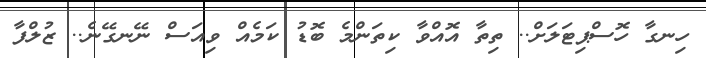
ހިނގާ ހޮސްޕިޓަލަށް.. ތިތާ އޮއްވާ ކިތަންމެ ބޮޑު ކަމެއް ވިއަސް ނޭނގޭނެ.. ޒުލްފާ